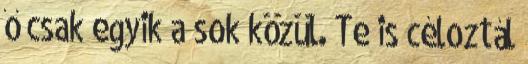
ő csak egyik a sok közül. Te is céloztál